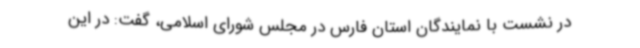
در نشست با نمایندگان استان فارس در مجلس شورای اسلامی، گفت: در این